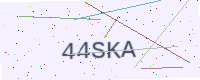
Text: 44SKA